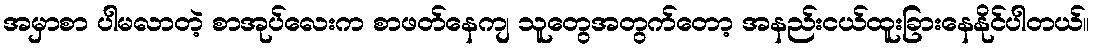
အမှာစာ ပါမလာတဲ့ စာအုပ်လေးက စာဖတ်နေကျ သူတွေအတွက်တော့ အနည်းငယ်ထူးခြားနေနိုင်ပါတယ်။